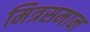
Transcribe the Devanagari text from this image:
मित्रसमान